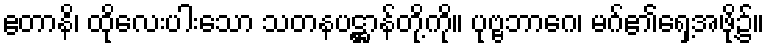
ဧတာနိ၊ ထိုလေးပါးသော သတနပဋ္ဌာန်တို့ကို။ ပုဗ္ဗဘာဂေ၊ မဂ်၏ရှေ့အဖို့၌။